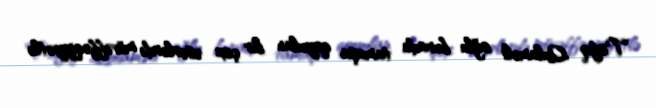
Tofiq Qulaməli oğlu burada tamaşa qoyulan bir çox əsərlərdə müvəffəqiyyətlə